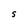
Character: S